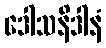
ဒေါသနိဒါနံ